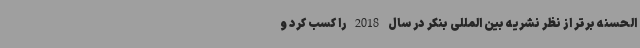
الحسنه برتر از نظر نشریه بین المللی بنکر در سال 2018 را کسب کرد و